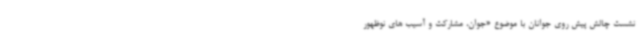
نشست چالش پیش روی جوانان با موضوع «جوان، مشارکت و آسیب های نوظهور